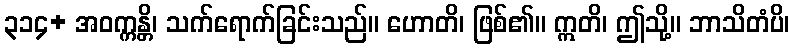
၃၁၄+ အဝက္ကန္တိ၊ သက်ရောက်ခြင်းသည်။ ဟောတိ၊ ဖြစ်၏။ ဣတိ၊ ဤသို့။ ဘာသိတံပိ၊